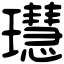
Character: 𤪳